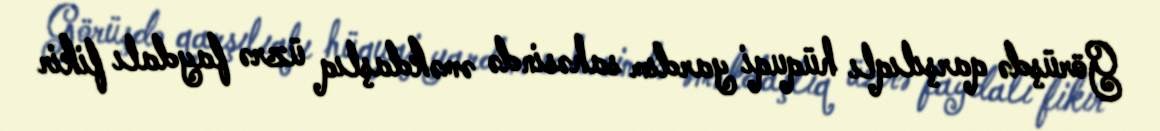
Görüşdə qarşılıqlı hüquqi yardım sahəsində əməkdaşlıq üzrə faydalı fikir